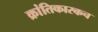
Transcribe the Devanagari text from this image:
क्रांतिकारकच